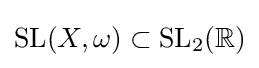
\mathrm {SL} (X,\omega )\subset \mathrm {SL} _{2}(\mathbb {R} )